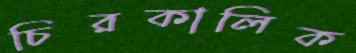
চিরকালিক